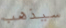
سيذهب